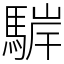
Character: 䮗